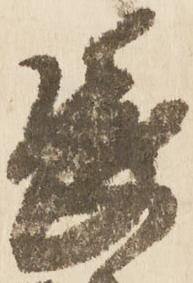
長